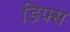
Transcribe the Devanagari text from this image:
डिफ्स